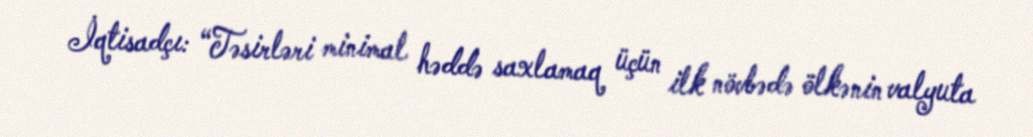
İqtisadçı: “Təsirləri minimal həddə saxlamaq üçün ilk növbədə ölkənin valyuta